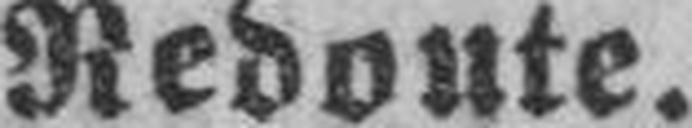
Redoute.